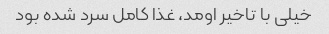
خیلی با تاخیر اومد، غذا کامل سرد شده بود